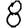
Digit: 8